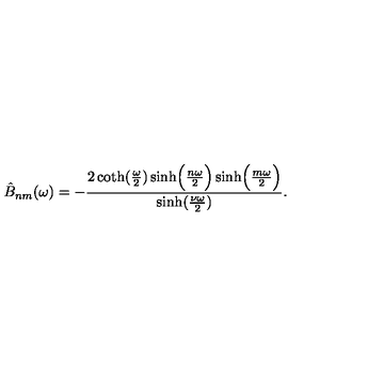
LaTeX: \hat { B } _ { n m } ( \omega ) = - { \frac { 2 \coth ( { \frac { \omega } { 2 } } ) \sinh \Bigl ( { \frac { n \omega } { 2 } } \Bigr ) \sinh \Bigl ( { \frac { m \omega } { 2 } } \Bigr ) } { \sinh ( { \frac { \nu \omega } { 2 } } ) } } .